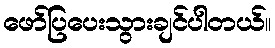
ဖော်ပြပေးသွားချင်ပါတယ်။